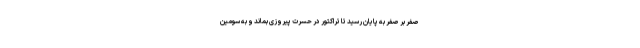
صفر بر صفر به پایان رسید تا تراکتور در حسرت پیروزی بماند و به سومین